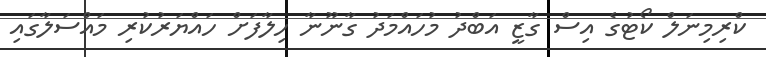
ކްރިމިނަލް ކޯޓުގެ އިސް ގާޒީ އަބްދު މުހައްމަދު ގާނޫނާ ހިލާފަށް ހައްޔަރުކުރި މައްސަލާގައި